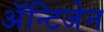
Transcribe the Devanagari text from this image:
अॅन्टिजेन